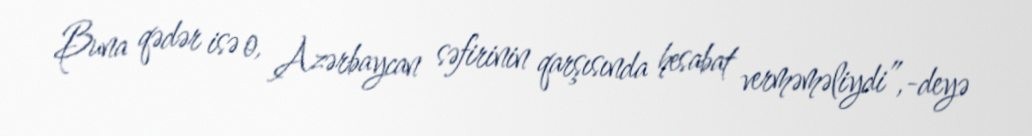
Buna qədər isə o, Azərbaycan səfirinin qarşısında hesabat verməməliydi”,-deyə